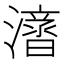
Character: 𱩝